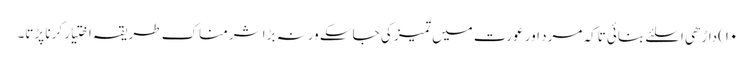
۱۰)داڑھی اسلئے بنائی تاکہ مرد اور عورت میں تمیز کی جاسکے ورنہ بڑا شرمناک طریقہ اختیار کرنا پڑتا۔